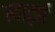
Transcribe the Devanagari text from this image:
स्टार्ट्स